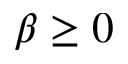
\beta \geq 0